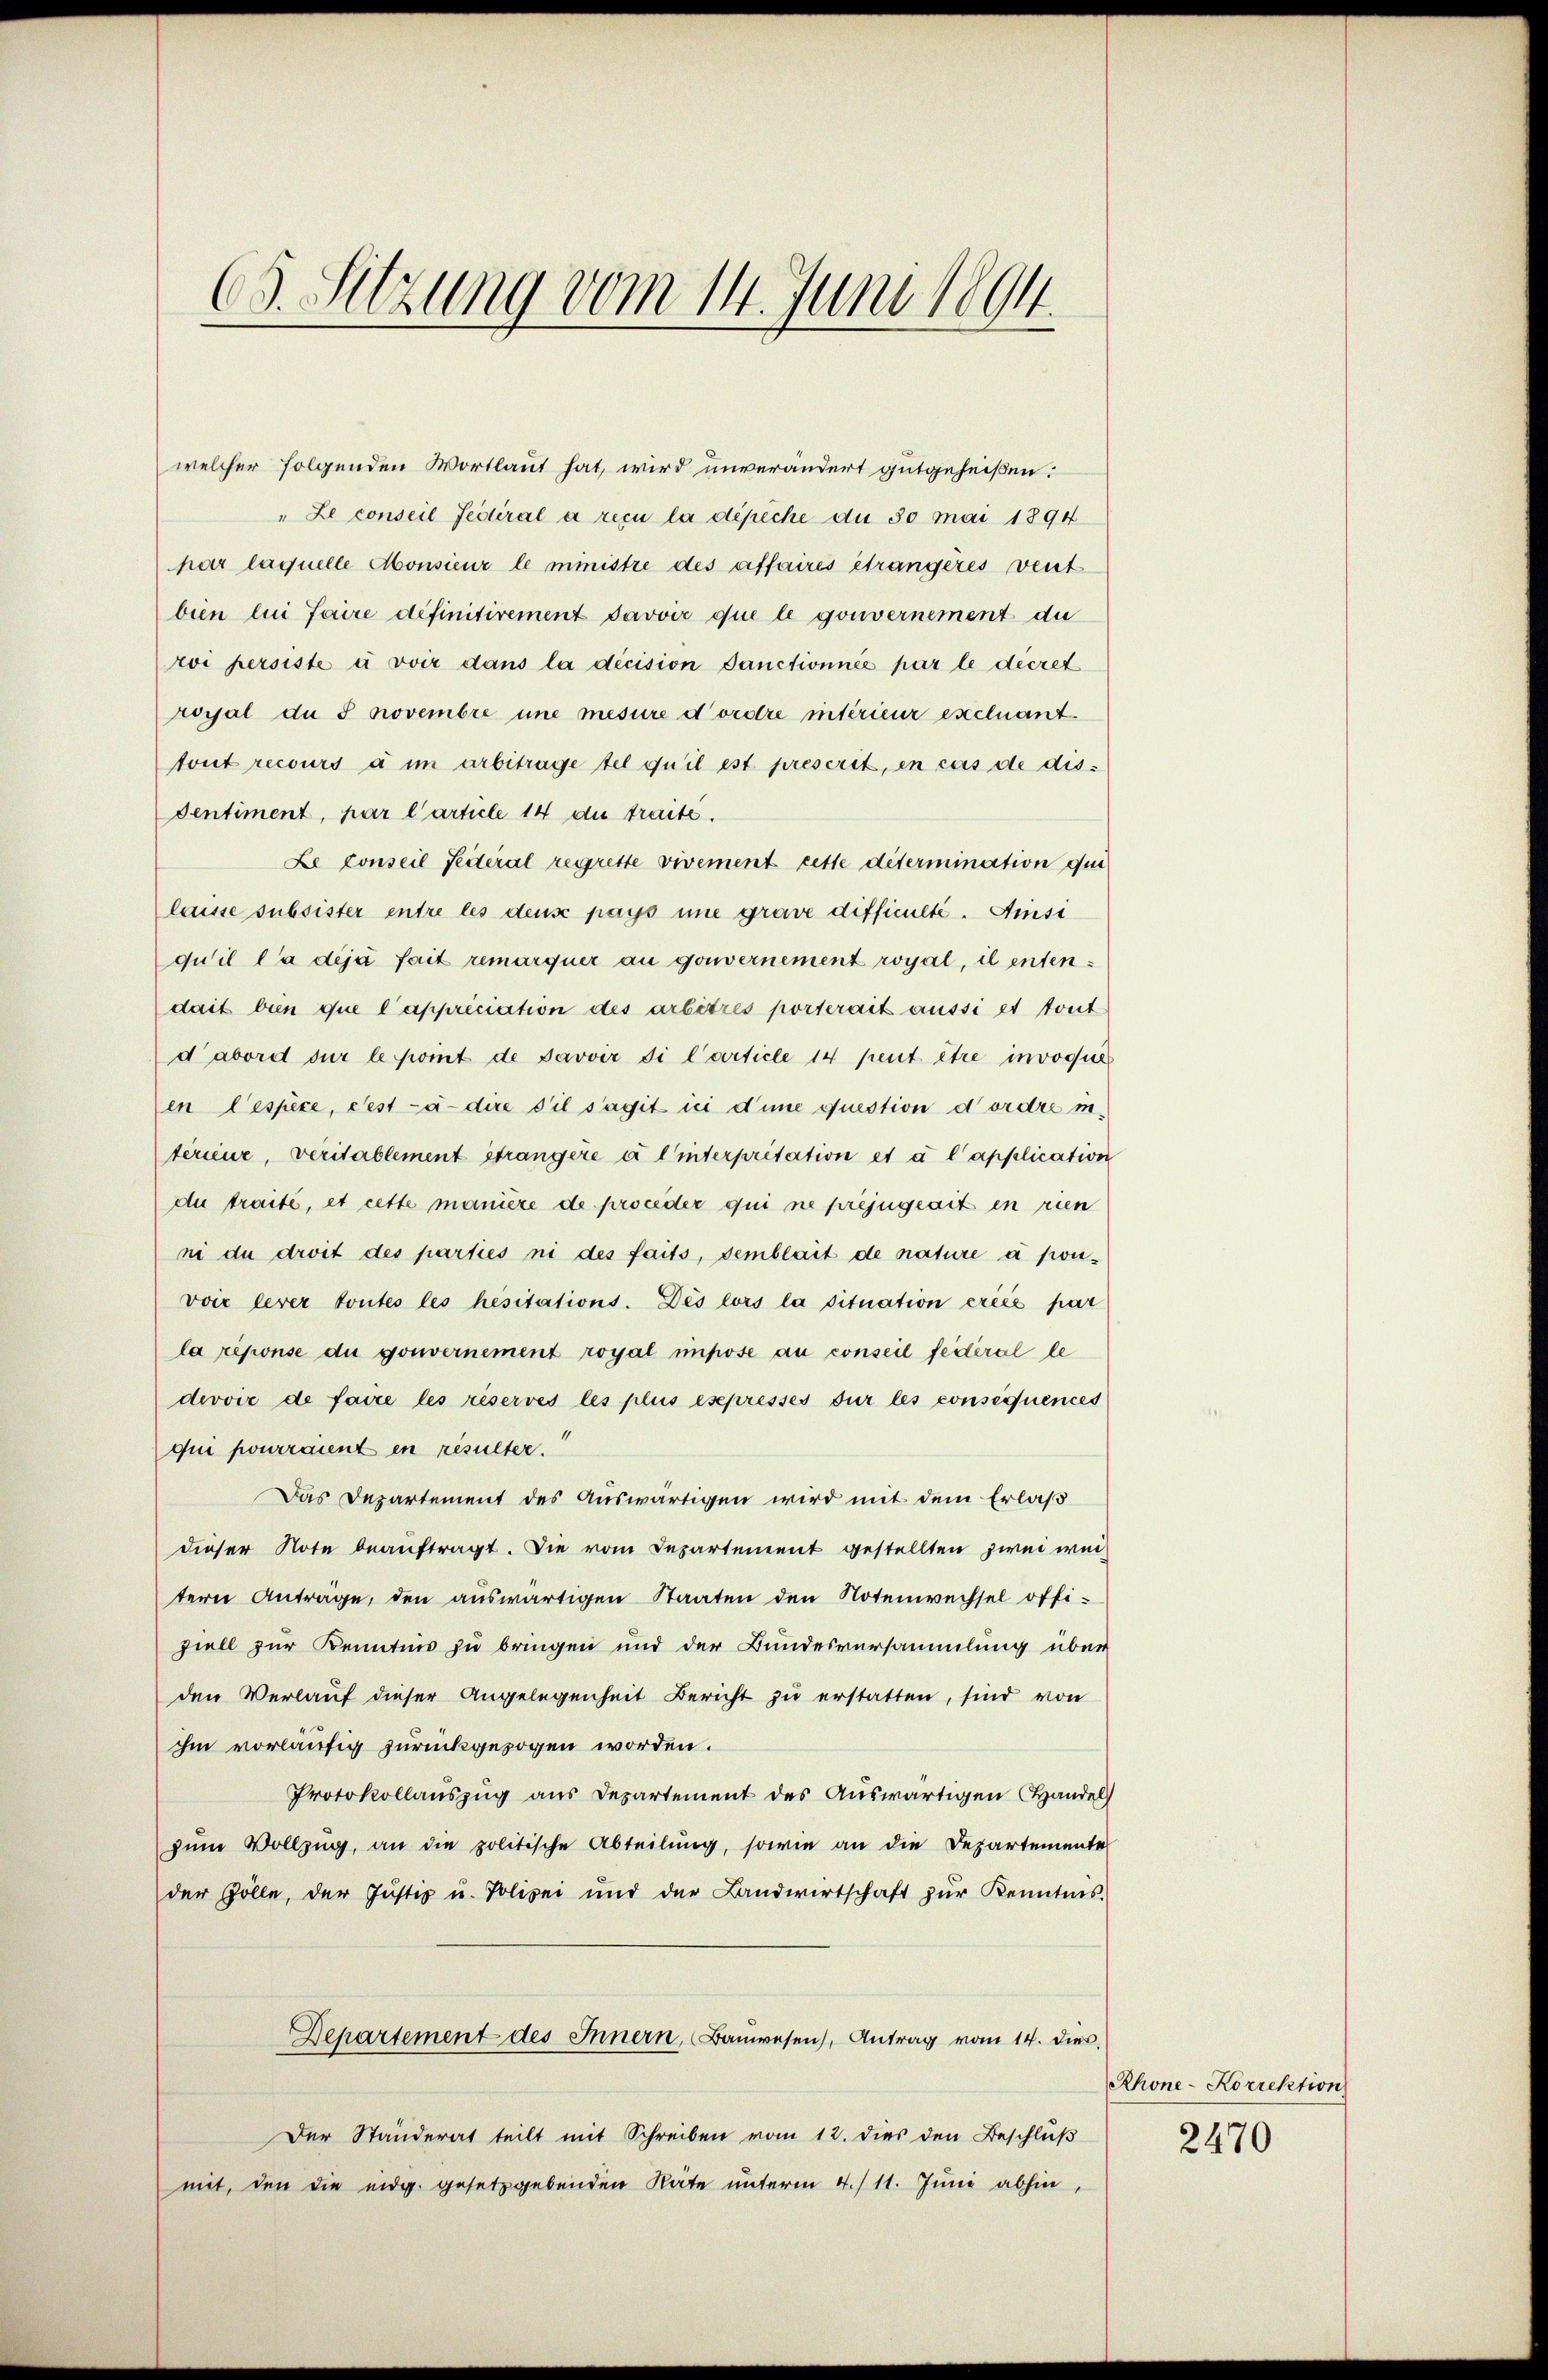
(s. Sitzung vom 14. Juni 1894.

welcher folgenden Wortlaut hat, wird unverändert gutgeheißen:
" Le conseil Fedtiral a reçu la dépiche du 30 mai 1894
par laquelle Monsieur le ministre des affaires étrangeres vent
bien lui faire definitivement Javoir que le gouvernement du
roi persiste u voir dans la décision Sanctionnée par le decret
royal du S novembre une mesure d’ordre intérieur excluant
tont recours d im arbitrage tel qu’il est prescrit, en cas de dis-
dentiment, har l’article 14 die traite.
Le conseil Seiteral regresse vivement cette détermination qui
laisse subsister entre les deus pays une grave difficulte. Amsi
quil la déjà fait remarquer au gouvernement royal, il entendait bin que l’appriciation des arbitres porterait aussi et tout
dabord sur le point de Javoir di Carticle 14 peut être invoque
en Cespèce, Fest-à-dire s’il s’agit ici d’une question d’ordre in
terieur, veritablement étrangere a l’interpritation et à l’application
du traité, et cette manire de proceder qui ne préjugeart en rien
ni du droit des parties ni des faits, semblait de nature à ponvoie lever toutes les hesitations. Des lors la situation créés par
la reponse du gouvernement royal impose au conseil feiteral le
divvić de faire les réservés les plus esepressés sur les consequences
qui pourraient en resulter.
Das Departement des Auswärtigen wird mit dem Erlaß
dieser Note beauftragt. Die vom Departement gestellten zwei weitern Anträge, den auswärtigen Staaten den Notenwechsel offiziell zur Kenntnis zu bringen und der Bundesversammlung über
den Verlauf dieser Angelegenheit Bericht zu erstatten, sind von
ihm vorläufig zurückgezogen worden.
Protokollauszug aus Departement des Auswärtigen Handel
zum Vollzug, an die politische Abteilung, sowie an die Departemente
der Zölle, der Justiz u. Polizei und der Landwirtschaft zŭr Kenntnis.
Departement des Innern, Baŭwesen, Antrag vom 14. dies
Der Ständerat teilt mit Schreiben vom 12. dies den Beschluß
mit, den die eidg. gesetzgebenden Räte unterm 4./11. Juni abhin,

Rhone-Korrektion
2470